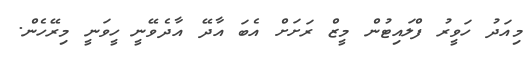
މިއަދު ހަވީރު ފްލައިޓުން މީޒް ރަށަށް އެބަ އާދޭ އާދެވޭނީ ހީވަނީ މިރޭހެން.